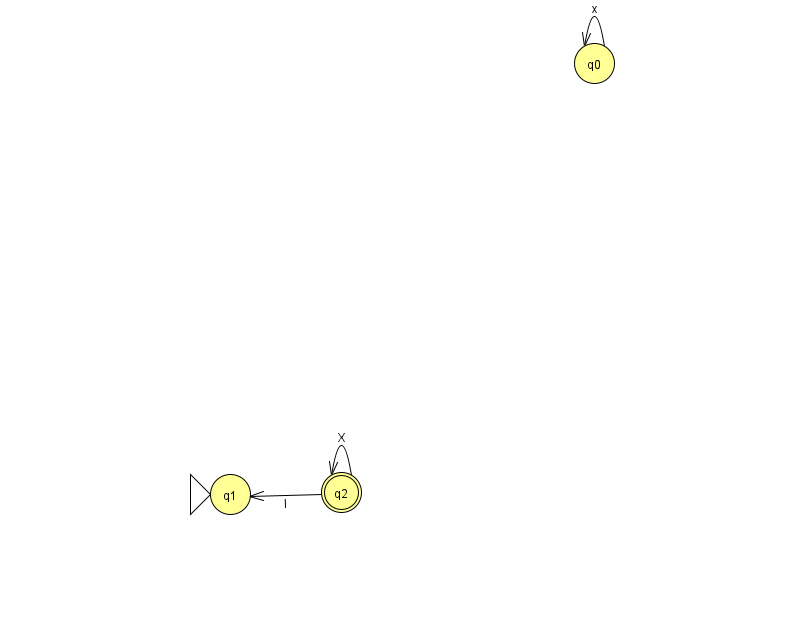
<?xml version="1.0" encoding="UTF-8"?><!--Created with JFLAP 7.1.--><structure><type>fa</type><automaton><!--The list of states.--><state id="0" name="q0"><x>594.0</x><y>50.0</y></state><state id="1" name="q1"><x>230.0</x><y>481.0</y><initial/></state><state id="2" name="q2"><x>341.0</x><y>479.0</y><final/></state><!--The list of transitions.--><transition><from>2</from><to>1</to><read>I</read></transition><transition><from>0</from><to>0</to><read>x</read></transition><transition><from>2</from><to>2</to><read>X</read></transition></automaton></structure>